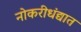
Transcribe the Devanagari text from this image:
नोकरीधंद्यात